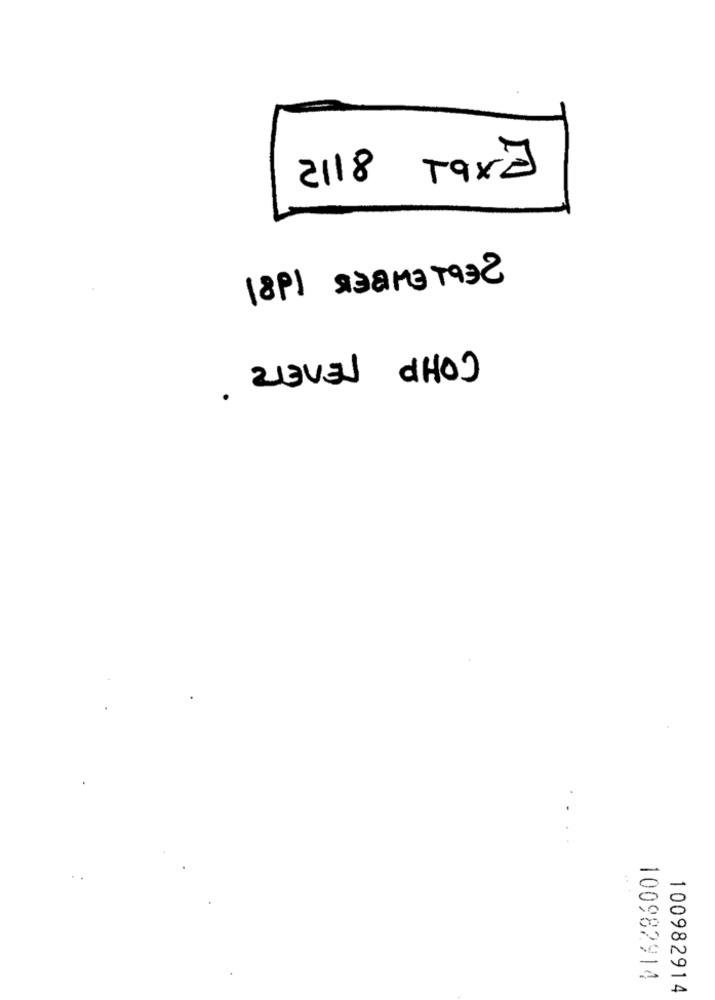
2118 Taxa
1891 2381319
. ZEVEN AHOJ
100982914
100982914